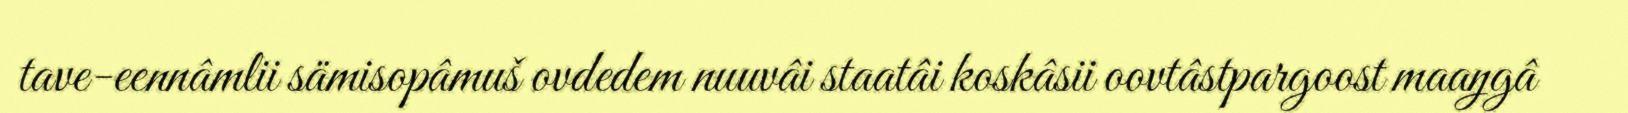
tave-eennâmlii sämisopâmuš ovdedem nuuvâi staatâi koskâsii oovtâstpargoost maaŋgâ